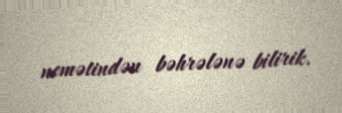
nemətindən bəhrələnə bilirik.